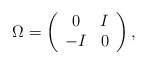
\begin{align*}\Omega=\left(\begin{array}{cc}0 & I\\-I & 0\end{array}\right),\end{align*}